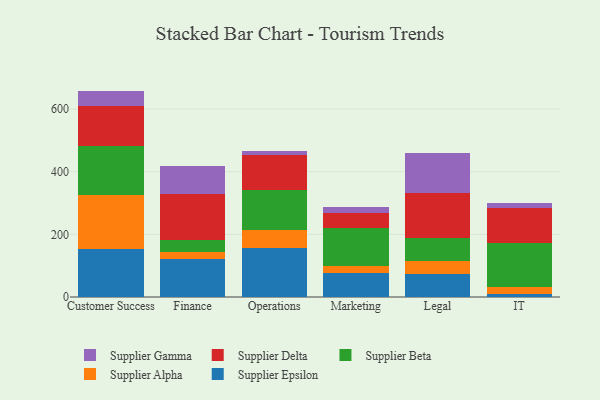
{"axis": {"x": "Department", "y": "Page Views"}, "legend": ["Supplier Alpha", "Supplier Beta", "Supplier Delta", "Supplier Epsilon", "Supplier Gamma"], "data": [{"x": "Customer Success", "y": 153.4, "type": "Supplier Epsilon"}, {"x": "Customer Success", "y": 171.1, "type": "Supplier Alpha"}, {"x": "Customer Success", "y": 158.5, "type": "Supplier Beta"}, {"x": "Customer Success", "y": 125.4, "type": "Supplier Delta"}, {"x": "Customer Success", "y": 49.8, "type": "Supplier Gamma"}, {"x": "Finance", "y": 122.5, "type": "Supplier Epsilon"}, {"x": "Finance", "y": 21.7, "type": "Supplier Alpha"}, {"x": "Finance", "y": 36.4, "type": "Supplier Beta"}, {"x": "Finance", "y": 149.5, "type": "Supplier Delta"}, {"x": "Finance", "y": 89.7, "type": "Supplier Gamma"}, {"x": "Operations", "y": 155.0, "type": "Supplier Epsilon"}, {"x": "Operations", "y": 58.7, "type": "Supplier Alpha"}, {"x": "Operations", "y": 128.9, "type": "Supplier Beta"}, {"x": "Operations", "y": 110.9, "type": "Supplier Delta"}, {"x": "Operations", "y": 12.7, "type": "Supplier Gamma"}, {"x": "Marketing", "y": 77.0, "type": "Supplier Epsilon"}, {"x": "Marketing", "y": 21.7, "type": "Supplier Alpha"}, {"x": "Marketing", "y": 120.5, "type": "Supplier Beta"}, {"x": "Marketing", "y": 48.1, "type": "Supplier Delta"}, {"x": "Marketing", "y": 19.7, "type": "Supplier Gamma"}, {"x": "Legal", "y": 73.7, "type": "Supplier Epsilon"}, {"x": "Legal", "y": 41.5, "type": "Supplier Alpha"}, {"x": "Legal", "y": 72.1, "type": "Supplier Beta"}, {"x": "Legal", "y": 146.1, "type": "Supplier Delta"}, {"x": "Legal", "y": 127.8, "type": "Supplier Gamma"}, {"x": "IT", "y": 9.9, "type": "Supplier Epsilon"}, {"x": "IT", "y": 22.9, "type": "Supplier Alpha"}, {"x": "IT", "y": 138.6, "type": "Supplier Beta"}, {"x": "IT", "y": 113.2, "type": "Supplier Delta"}, {"x": "IT", "y": 15.9, "type": "Supplier Gamma"}]}